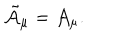
{ \tilde { \cal A } } _ { \mu } = { \cal A } _ { \mu } .